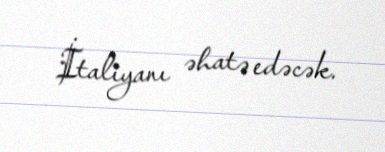
İtaliyanı əhatə edəcək.